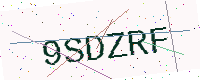
Text: 9SDZRF